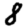
Digit: 8